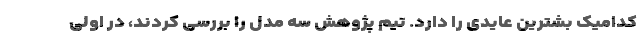
کدامیک بشترین عایدی را دارد. تیم پژوهش سه مدل را بررسی کردند، در اولی